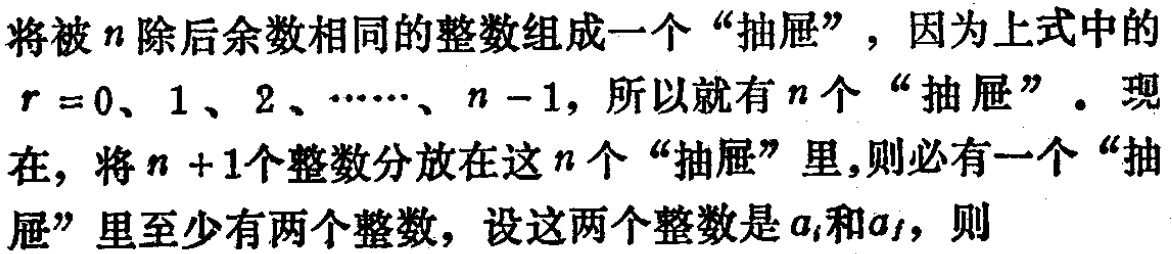
将被\(n\)除后余数相同的整数组成一个“抽屉”，因为上式中的\(r = 0、1、2、\cdots、n - 1\)，所以就有\(n\)个“抽屉”。现在，将\(n + 1\)个整数分放在这\(n\)个“抽屉”里，则必有一个“抽屉”里至少有两个整数，设这两个整数是\(a_{i}\)和\(a_{j}\)，则